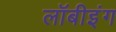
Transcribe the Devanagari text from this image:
लॉबीइंग